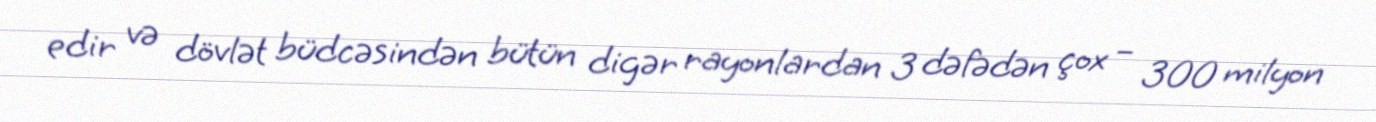
edir və dövlət büdcəsindən bütün digər rayonlardan 3 dəfədən çox – 300 milyon